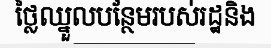
ថ្លៃឈ្នួលបន្ថែមរបស់រដ្ឋនិង